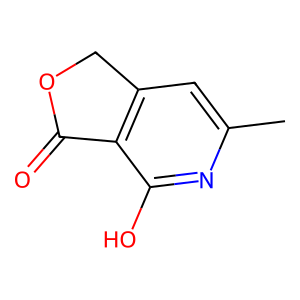
SMILES: Cc1cc2c(c(O)n1)C(=O)OC2
Inhibits HIV replication: No